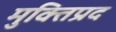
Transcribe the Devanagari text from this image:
मुक्तिप्रद